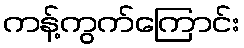
ကန့်ကွက်ကြောင်း